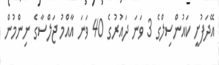
އޭދަފުށީ ކައުންސިލްގެ 3 ވަނަ ދައުރުގެ 40 ވަނަ އާއްމު ޖަލްސާގެ ނިންމުން